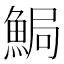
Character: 𩷐